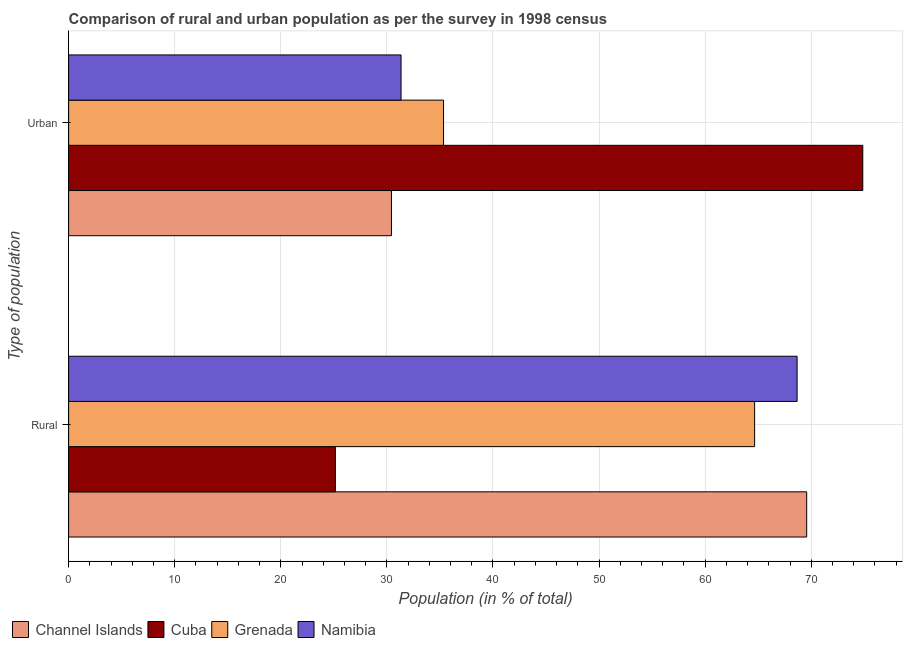
| Type of population | Channel Islands | Cuba | Grenada | Namibia |
 | --- | --- | --- | --- | --- |
 | Rural | 69.6 | 25.1 | 64.7 | 68.7 |
 | Urban | 30.4 | 74.9 | 35.3 | 31.3 |